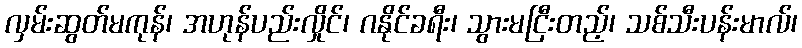
လှမ်းဆွတ်မကုန်၊ အဟုန်ပည်းလှိုင်၊ ဂနိုင်ခရီး၊ သွားမငြီးတည့်၊ သစ်သီးပန်းမာလ်၊